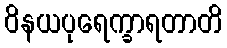
ဝိနယပုရေက္ခာရတာတိ